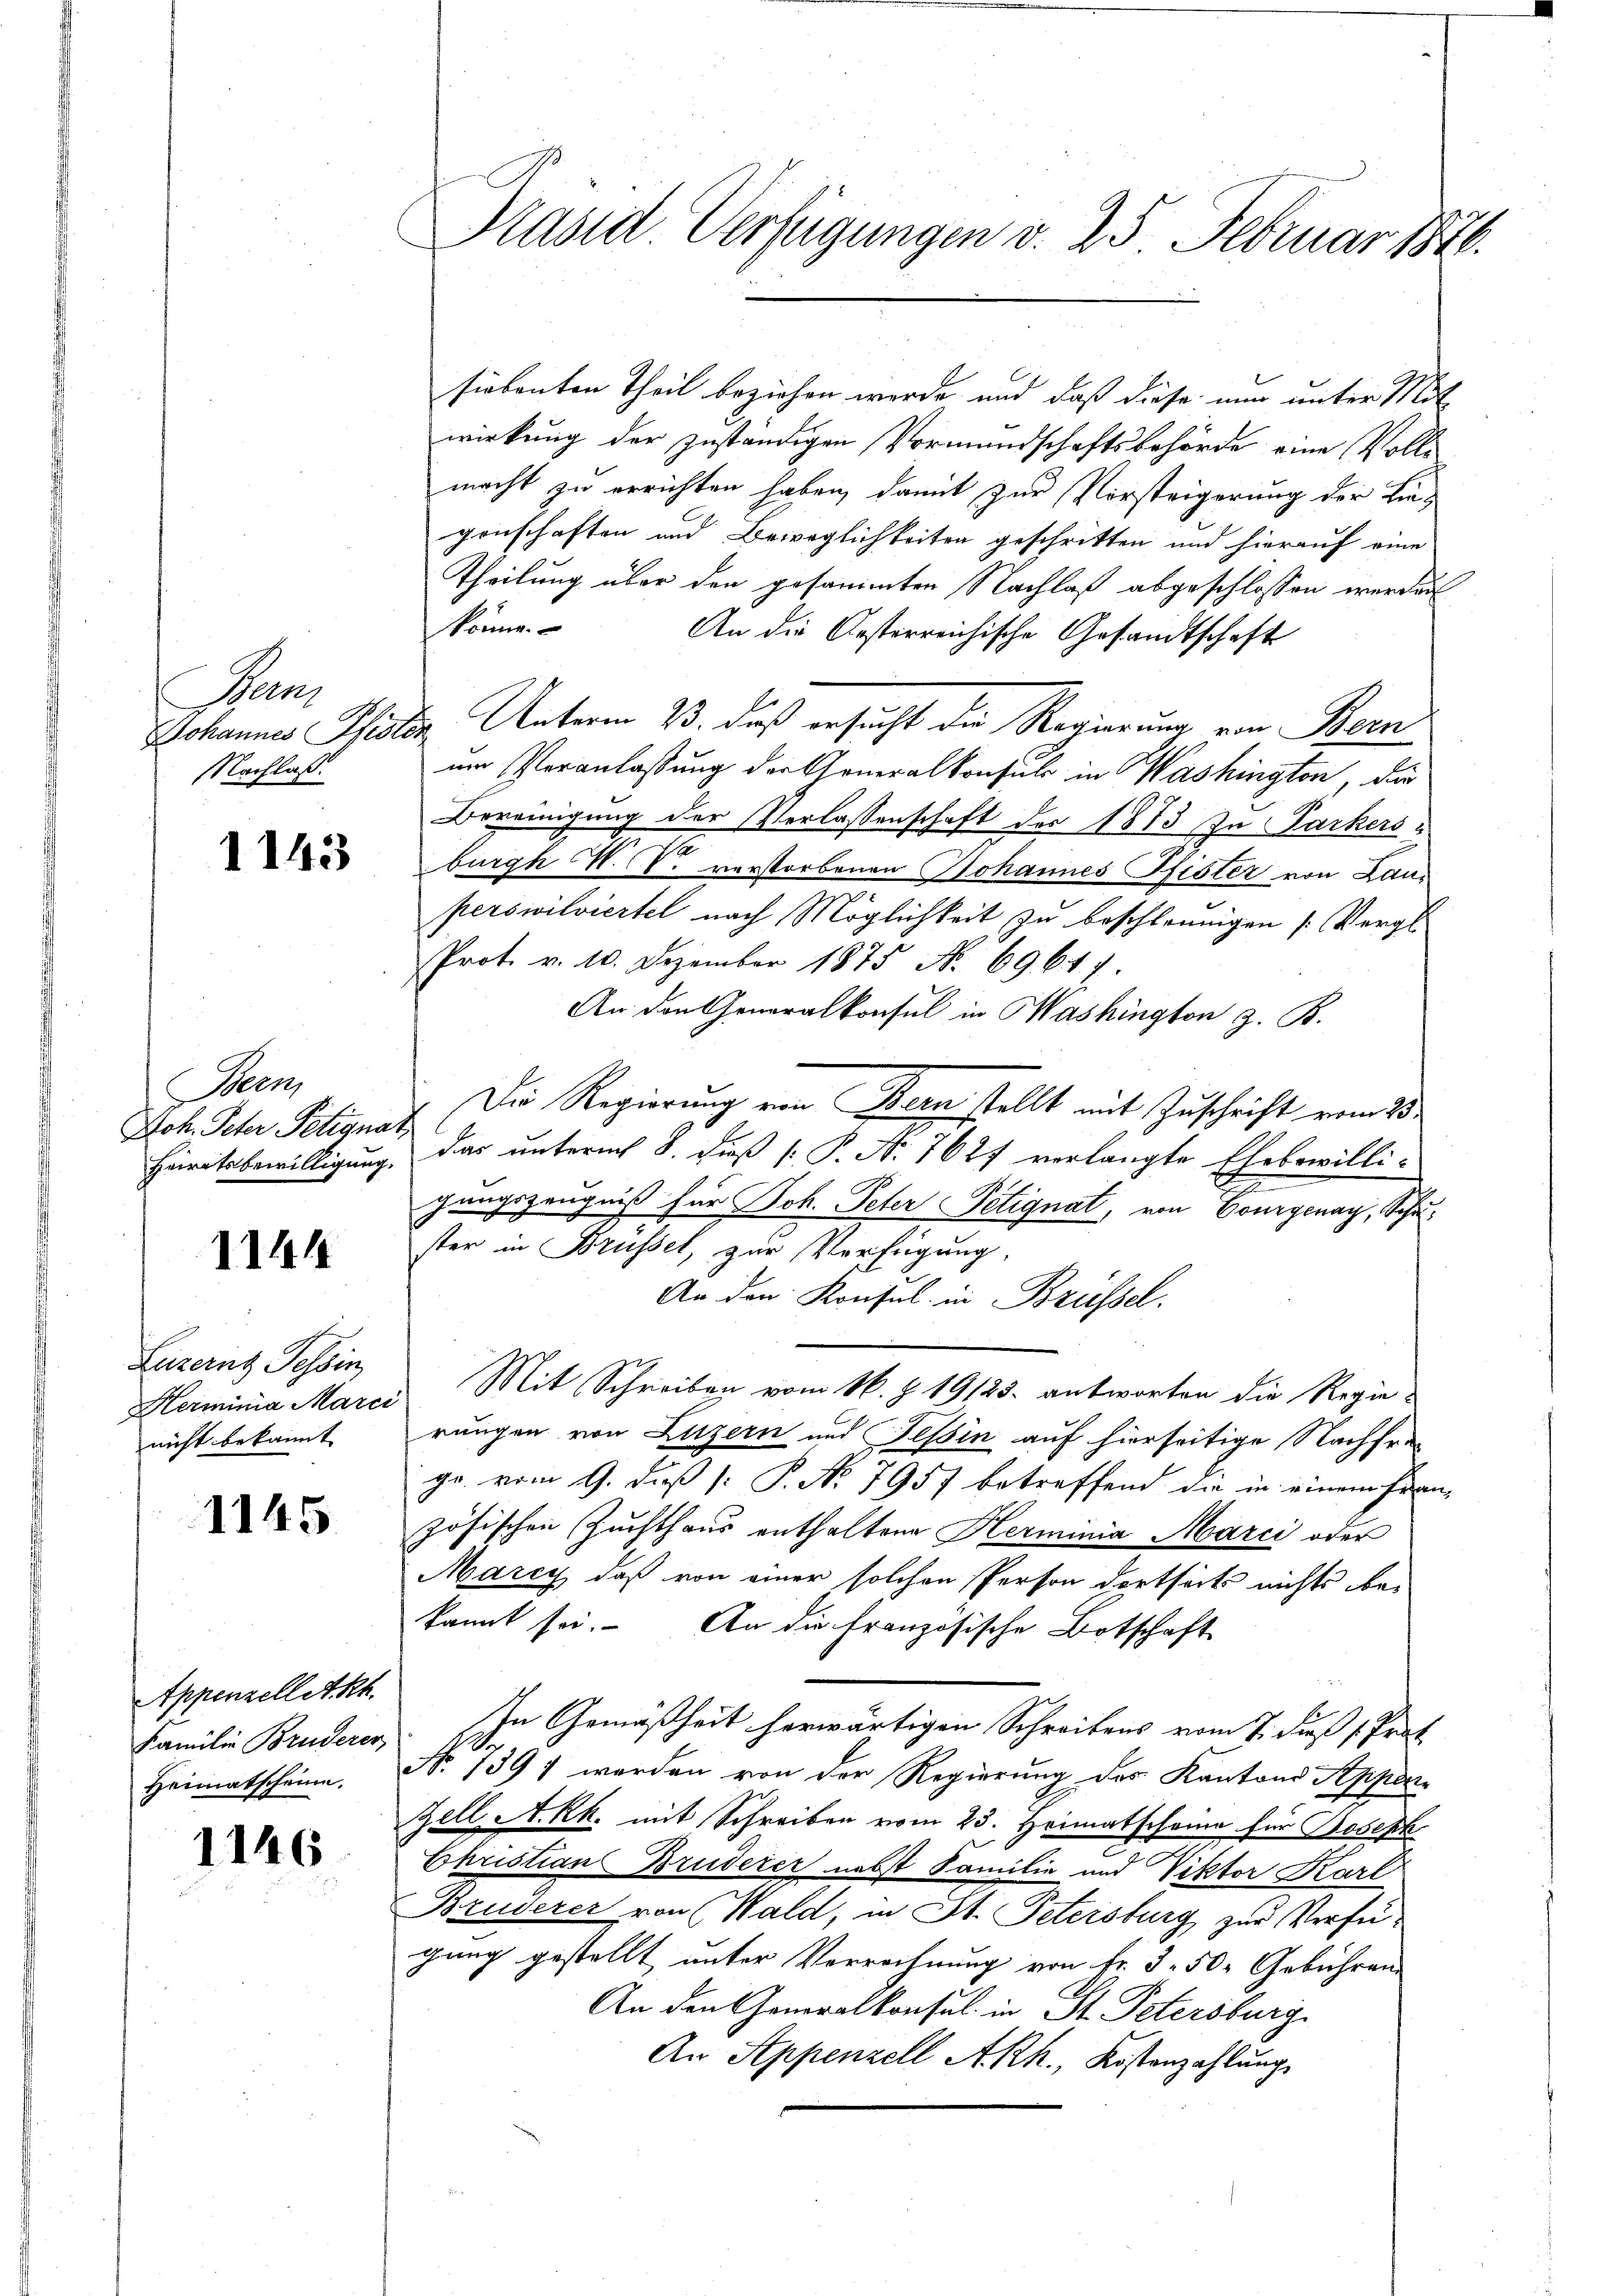
an
NNachlaß.

1143

Then,
Joh. Peter Petignat

1144

Luzern Tessin,
nicht bekannt

1145

Appenzellet kh
Familie Bruderer,
Heimatscheine.

1146

Kasid Verfügungen v. 25. Februar 1816.

siebenten Theil beziehen werde und daß diese nun unter Mit-
wirkung der zuständigen Vormundschaftsbehörde eine Vollimacht zu errichten haben, damit zur Vorsteigerung der Liegenschaften und Beweglichkeiten geschritten und hierauf eine
Theilung über den gesammten Nachlaß abgeschlossen werden
könne.
An die Oesterreichische Gesandtschaft
Johannes Pfister Unterm 13. daß ersucht die Regierung von Bern
um Veranlassung der Generalkonsuls in Washington, der
Bereinigung der Verlassenschaft der 1873 zu Parkers
burgh N. V. verstorbenen Johannes Pfister von Lanperswilviertel nach Möglichkeit zu beschleunigen (Vergl.
Prot. v. 10. Dezember 1875 No. 69. 647.
An den Generalkonsul in Washington z. B.
Die Regierung von Bern stellt mit Zuschrift vom 25.
Heiratsbewilligung, das unterm 8. dieß P. N. 7627 verlangte Ehebewilli-
gangszeugniß für Joh. Peter Petignat, von Bourgenay, Schuster in Brüssel, zur Verfügung,
An den Konsul in Brüssel.
Herminia Marei Mit Schreiben vom 16. Z. 19123. antworten die Regie-
rungen von Luzern und Tessin auf hierseitige Nachfrage vom 9. daß [: P. No 7957 betreffend die in einem fran-
zösischen Zuchthaus enthaltene Herminia Marci oder
Marcy, daß von einer solchen Person dortseits nichts bei
kannt sei. An die französische Botschaft
In Gemäßheit herwärtigen Schreibens vom 7. dieß (Prot
No. 1391 werden von der Regierung des Kantons Appenze
Zell A.Rh. mit Schreiben vom 23. Heimatscheine für Joseph
Christian Bruderer nebst Familie und Viktor Karl
Bruderer von Wald, in St. Petersburg zur Verfügung gestellt unter Vorrechnung von Fr. 3. 50. Gebühren
An den Generalkonsul in St. Petersburg
An Appenzell A.Rh., Kostenzahlung